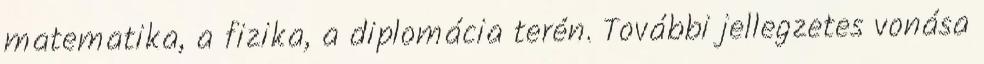
matematika, a fizika, a diplomácia terén. További jellegzetes vonása